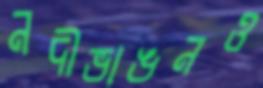
নদীভাঙনও